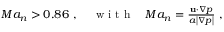
\begin{array} { r } { M a _ { n } > 0 . 8 6 \mathrm { ~ , ~ } \quad \mathrm { ~ w ~ i ~ t ~ h ~ } \quad M a _ { n } = \frac { { { \mathbf { u } } \cdot \nabla p } } { { a \left| { \nabla p } \right| } } \mathrm { ~ , ~ } } \end{array}